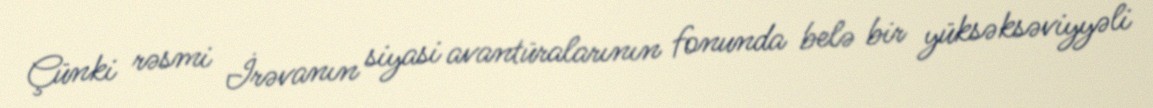
Çünki rəsmi İrəvanın siyasi avantüralarının fonunda belə bir yüksəksəviyyəli